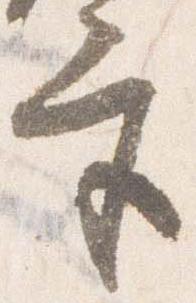
宮